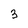
Character: 3